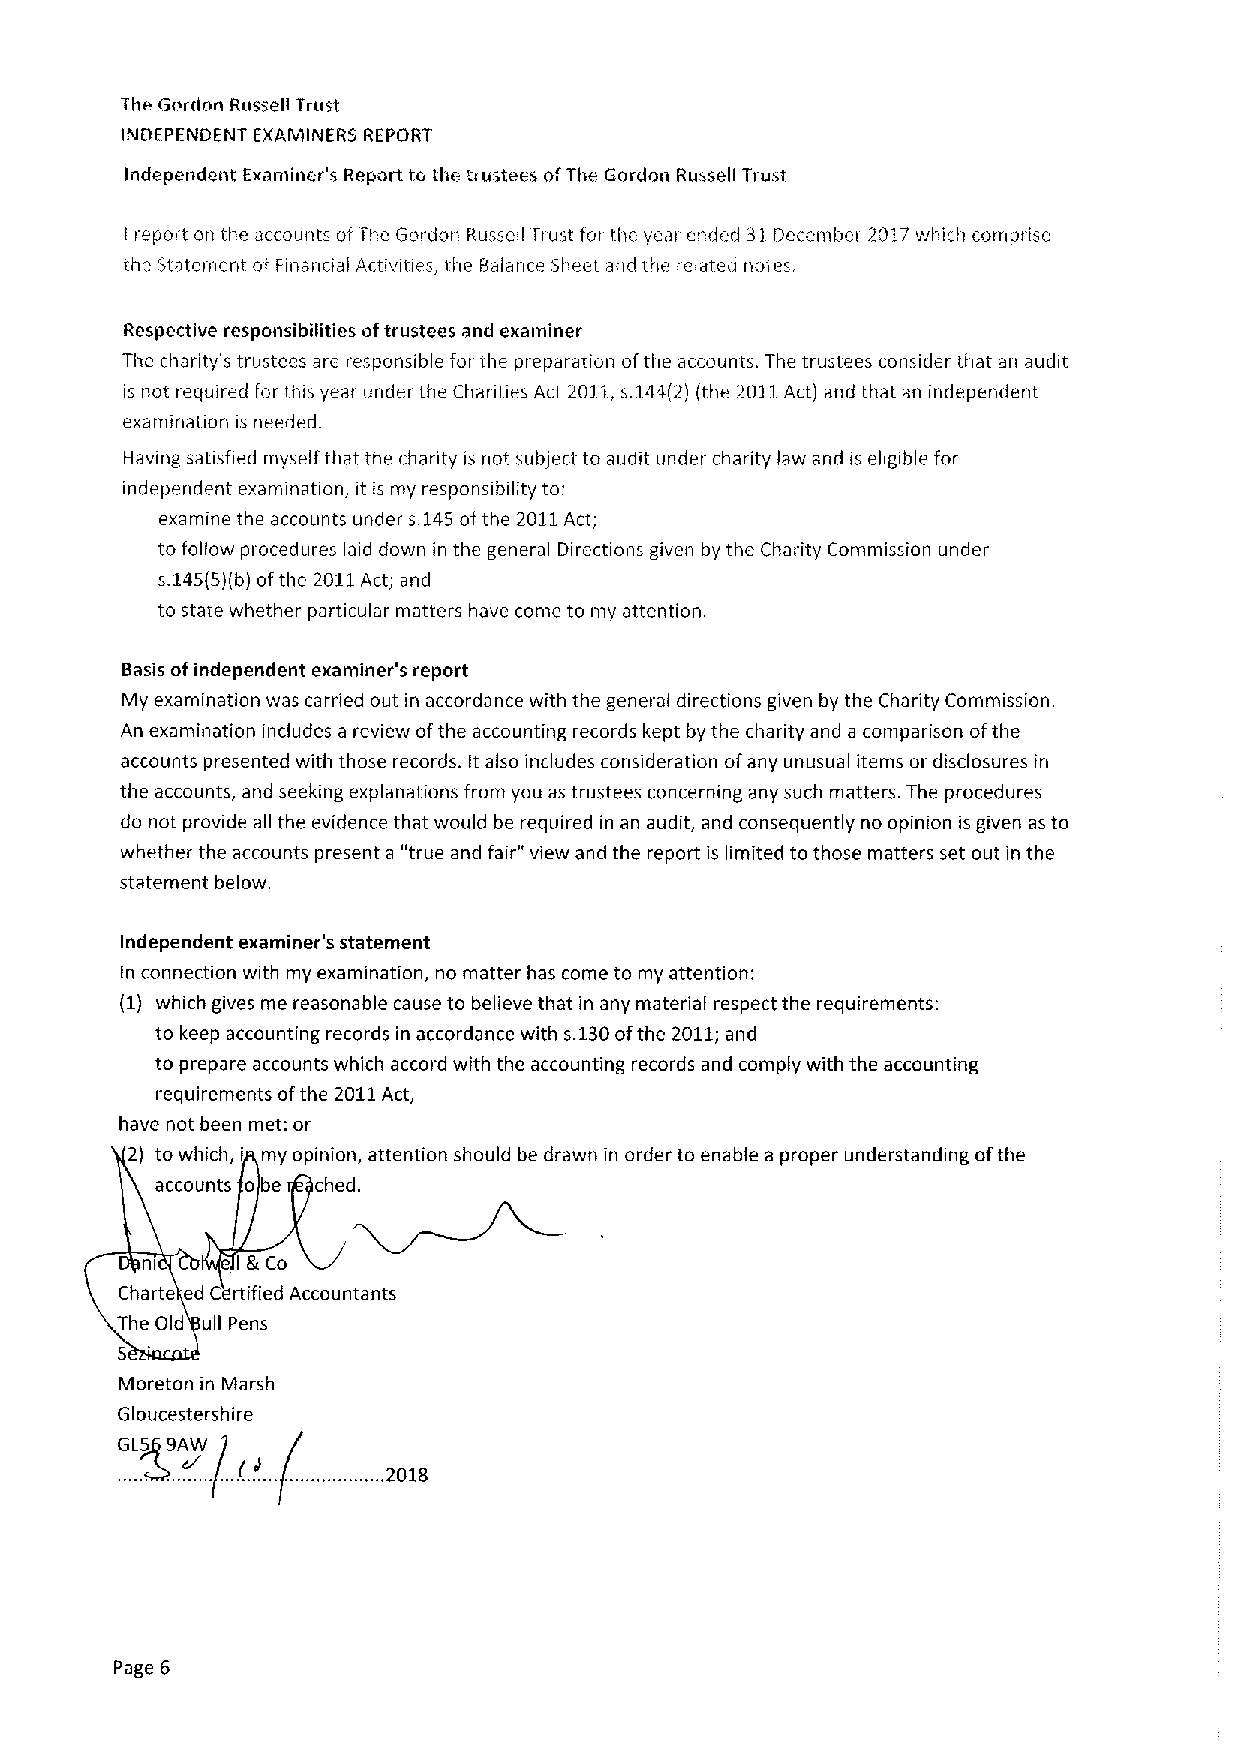
The Gordon Russell Trust
 INDEPENDENT EXAMINERS REPORT
 Independent Examiner's Report to the trustees ofThe Gordon Russell Trust
 I report on i.he accounts of ihe Gordoii Russell Trust for the year ended 31 December 2017wiiich comprise
 the Statement of Finanoal Arriwties, the Balance Sheet encl the related notes,
 Respective responsibilities oftrustees and examiner
 The charity's trustees are responsible for the preparation ofthe accounts. The trustees consider that an audit
 is not required for this year under the Chanties Act 2011,s.144(2) (the 2011Act) and that an independent
 examination is needed.
 Having satisfied myself that the charity is not subject to audit under charity law and is eligible for
 independent examination, it is my responsibility to:
 examine the accounts under s.145ofthe 2011Act;
 to follow procedures laid down in the general Directions given by the Charity Commission under
 s.145(5)(b)ofthe 2011Act; and
 to state whether particular matters have come to my attention.
 Basis ofindependent examiner's report
 My examination was carried out in accordance with the general directions given by the Charity Commission.
 An examination includes a review ofthe accounting records kept by the charity and a comparison ofthe
 accounts presented with those records. It also includes consideration ofany unusual items or disclosures in
 the accounts, and seeking explanations from you as trustees concerning any such matters. The procedures
 do not provide all the evidence that would be required in an audit, and consequently no opinion is given as to
 whether the accounts present a "true and fair" view and the report is limited to those matters set out in the
 statement below.
 Independent examiner's statement
 In connection with my examination, no matter has come to my attention:
 (1) which gives me reasonable cause to believe that in any material respect the requirements:
 to keep accounting records in accordance with s.130ofthe 2011;and
 to prepare accounts which accord with the accounting records and comply with the accounting
 requirements ofthe 2011Act,
 have not been met: or
 2) to which, i my opinion, attention should be drawn in order to enable a proper understanding ofthe
 accounts o be ched.
 ni    e g Co
 I
 Charte ed Cdrtified Accountants
 The Old ull Pens
 Moreton in Marsh
 Gloucestershire
 .      (
 .    .   .  .
 ,,/. r,  , , 2018
 .     .. .   .
 Page 6